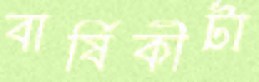
বার্ষিকীটা